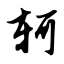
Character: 轲